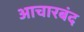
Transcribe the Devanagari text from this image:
आचारबंद